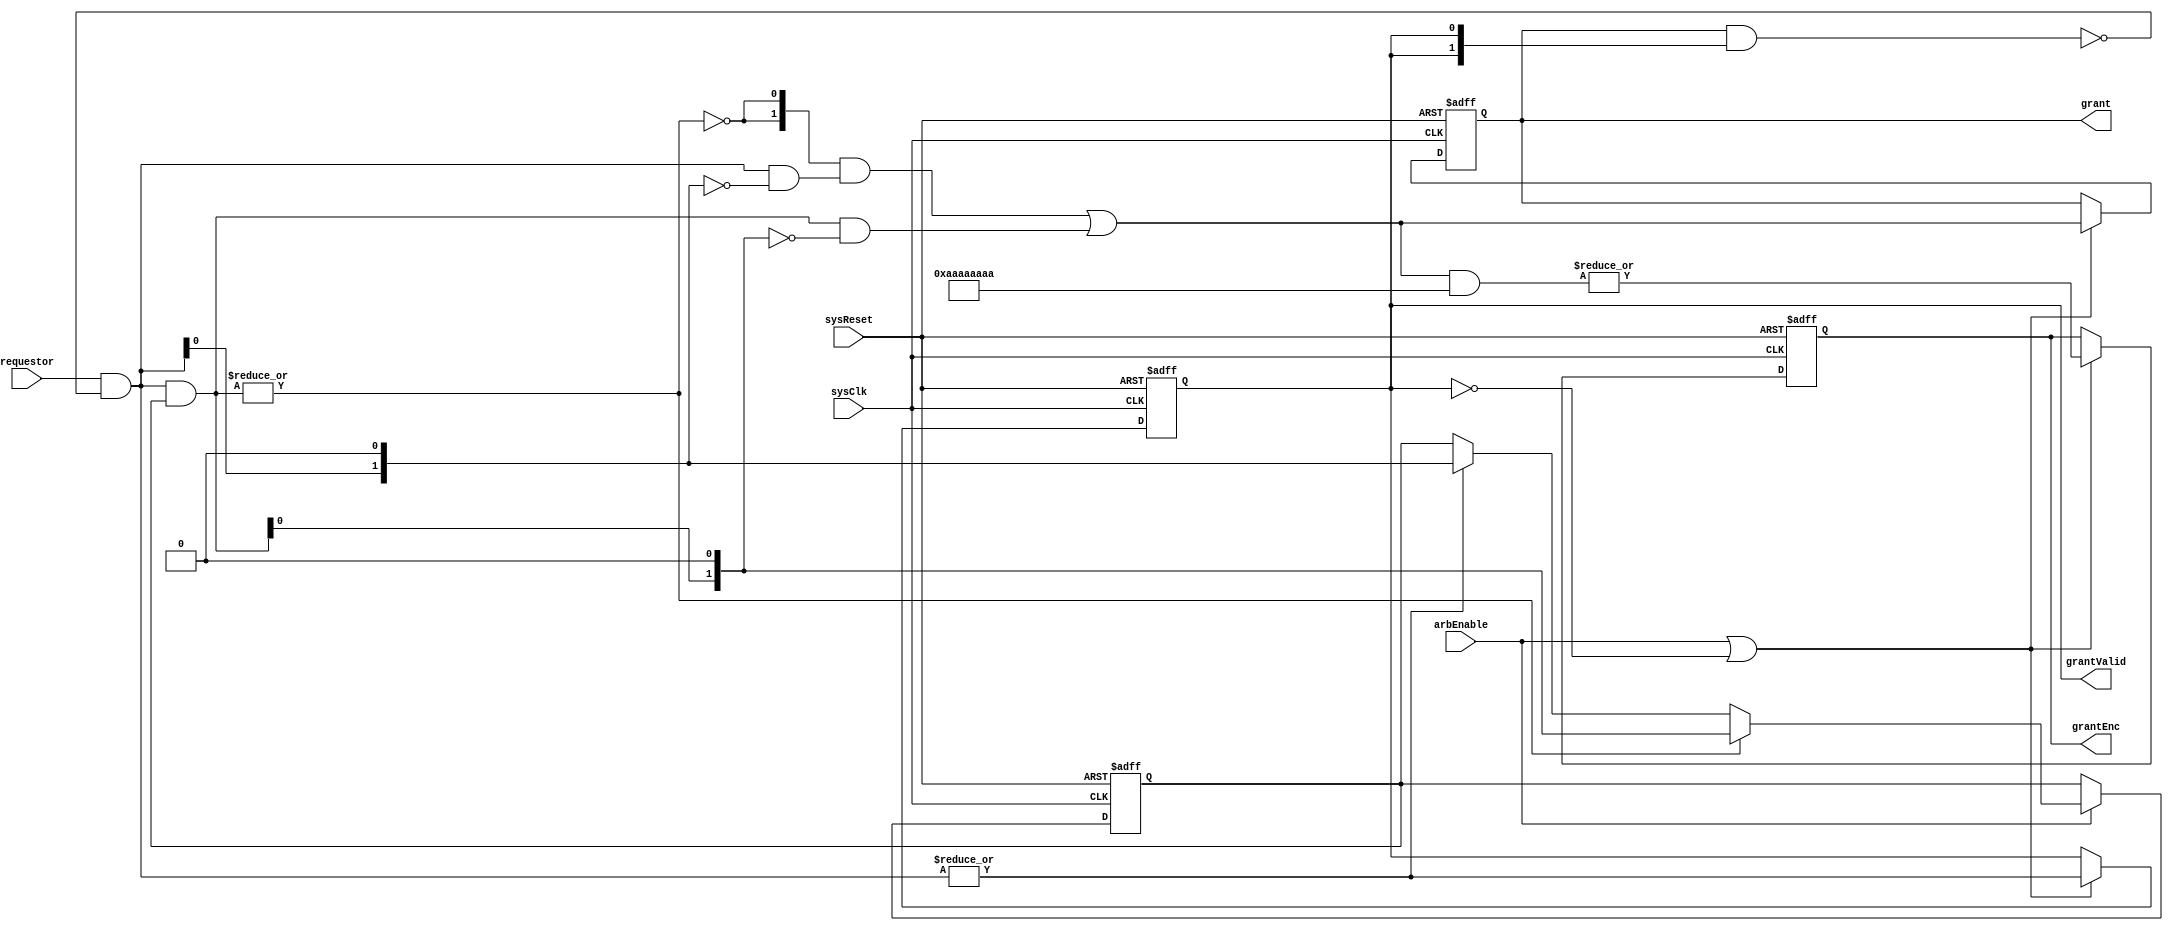
`timescale 1ns / 1ns


// *******************************************************************************/
// Cloudium Systems Ltd. Proprietary and Confidential
// 
// Copyright 2013 Cloudium Systems Ltd.  All rights reserved.
// 
// ANY USE OR REDISTRIBUTION IN PART OR IN WHOLE MUST BE HANDLED IN 
// ACCORDANCE WITH THE CLOUDIUM SYSTEMS LICENSE AGREEMENT AND MUST BE APPROVED
// IN ADVANCE IN WRITING.
//                                                                            
//                                                                             
// This confidential and proprietary software may be used only as authorised  
// by a licensing agreement from Cloudium Systems Ltd.                        
//                                                                            
// In the event of publication, the following notice is applicable:           
//                                                                            
// (C) COPYRIGHT 2011, 2012, 2013. 2014  Cloudium Systems LTD.                      
// ALL RIGHTS RESERVED                                                        
//                                                                            
// Version		: 1.0                                                     	  
//                                                                            
// Abstract	: 	This file contains a Round Round Arbitrator for a configurable 
//				number of requestors.
//
//                                                               
//                                                                            
//                                                                            
//                                                                            
// Modification History:                                                      
// Date		By			Version		Change Description                        
//                                                                            
// 21/03/13		JH			1.0			Initial release version   
// 26/02/15		JH			1.1			Add HI_FREQ parameter to allow higher freq of operation 
//										to be traded off for extra latency.                 
//
//
// SVN Revision Information:
// SVN $Revision: 4805 $
// SVN $Date: 2013-03-21 17:48:48 +0530 (Fri, 21 Mar 2013) $
//
// Resolved SARs
// SAR      Date     Who   Description
//
// Notes:
//
// ********************************************************************/
// synopsys translate_off
//`include "../include/Timescale.h"
// synopsys translate_on

module RoundRobinArb (
						// global signals
						sysClk,
						sysReset,

						requestor,
						arbEnable,					
						grant,
						grantEnc,
						grantValid
				   
					  );


//===================================================
// Parameter Declarations
//===================================================

	parameter N = 2;							// defines number bits for requestors/grants
	parameter N_WIDTH = 1;						// defines number bits for number of requestors/grants
	
	parameter HI_FREQ 			= 0;			// increases freq of operation at cost of added latency
	
	
	//===============================================
	// Memory Map - Word addressing
	//===============================================
	localparam STATUS_WORD 		= 5'h00;

	
//============================================================================
// I/O Declarations
//============================================================================

	input sysClk;									// system clock
	input sysReset;									// system reset - synchronse to sysClk - active high
	
	
	input 	[N-1:0]	requestor;						// requestors to be arbitrated between
	input			arbEnable;						// Indictaes when an arbitration should be performs among requestors
	
	output 	[N-1:0] grant;							// winner of arbitration will have grant bit set - available 1 clock tick after
													// arbEnable asserted.
	output	[N_WIDTH-1:0]	grantEnc;				// encoded version of grant which is one-hot.

	output			grantValid;						// asserted when grant is valid
//============================================================================
// Local Declarationes
//============================================================================

 reg [N-1:0]		grant;
 wire [N-1:0]		d_grant;
 
 reg [N_WIDTH-1:0]	grantEnc;				// encoded version of grant which is one-hot.

 reg			grantValid;			

 reg [N-1:0]	priorityMask;					// mask to remove winner and lower requestors
 
 reg [N-1:0]	requestorMasked;				// requestor has "granted" masked out when arbEnable asserted (as source will still be driving last request

 wire [N-1:0] 	reqMasked, mask_higher_pri_reqs, grantMasked;
 wire [N-1:0]	unmask_higher_pri_reqs, grantUnmasked;
 wire			no_req_masked;

 
//===============================================================================================
// Convert 16-bit one-hot to 4-bit binary
//===============================================================================================
function [4:0] fnc_hot2enc
    (
      input [31:0]  oneHot
    );
	begin
      fnc_hot2enc[0] = |(oneHot & 32'b10101010101010101010101010101010);
      fnc_hot2enc[1] = |(oneHot & 32'b11001100110011001100110011001100);
      fnc_hot2enc[2] = |(oneHot & 32'b11110000111100001111000011110000);
      fnc_hot2enc[3] = |(oneHot & 32'b11111111000000001111111100000000);
      fnc_hot2enc[4] = |(oneHot & 32'b11111111111111110000000000000000);
	end
endfunction	

 
//==================================================================================
// Mask out granted request when grantValid asserted as source still driving request
//===================================================================================
generate
	if ( HI_FREQ == 1 )
		begin

			always @(posedge sysClk )
				begin
					if ( grantValid )
						requestorMasked <= { requestor & ( ~( grant ) ) };
					else 														// handle fact we have add pipeline stage - about to set grantValid
						requestorMasked <= { requestor & ( ~( d_grant ) ) };	// mask out questor selected in case arbEnable asserted
																				// immediately
				end
		end
	else
		begin
			always @( * )
				begin
					requestorMasked <= { requestor & ( ~( grant & { N{grantValid} } ) ) };
				end		

		end

endgenerate



//==============================================================================
// Simple priority arbitration for masked portion
//==============================================================================
assign reqMasked = requestorMasked & priorityMask;
assign mask_higher_pri_reqs[N-1:1] = mask_higher_pri_reqs[N-2: 0] | reqMasked[N-2:0] ;
assign mask_higher_pri_reqs[0] = 1'b0;

assign grantMasked[N-1:0] = reqMasked[N-1:0] & ~mask_higher_pri_reqs[N-1:0];

//=================================================================================
// Simple priority arbitration for unmasked portion
//=================================================================================
assign unmask_higher_pri_reqs[N-1:1] = unmask_higher_pri_reqs[N-2:0] | requestorMasked[N-2:0];
assign unmask_higher_pri_reqs[0] = 1'b0;
assign grantUnmasked[N-1:0] = requestorMasked[N-1:0] & ~unmask_higher_pri_reqs[N-1:0];

//===================================================================================
// Use grant_masked if there is any there, otherwise use grant_unmasked.
// Coded as AND / OR rather than mux to make synthesis easier.
//===================================================================================
assign no_req_masked = ~( |reqMasked );

assign	d_grant = ( { N{ no_req_masked } } & grantUnmasked ) | grantMasked;

always @(posedge sysClk or posedge sysReset )
begin
	if ( sysReset )
		begin
		
			grantEnc <= 0;			// encode one-hot 

			grant 		<=  { 1'b1, { N-1{1'b0} } };		// default to highest requestorMasked granted - 0 is next
			grantValid	<= 1'b0;

		end
	else if (arbEnable | ~grantValid)						// arb no grantValid or arbEnable asserted to indicate finished with last request
		begin
			grant 		<= d_grant;
			grantEnc 	<= fnc_hot2enc ( d_grant );			// encode one-hot - used to help with timing closure

			grantValid	<= |(requestorMasked);
		end
		
end

//===================================================================================
// Update priority mask to remove winner and lower requesters
//===================================================================================
always @ (posedge sysClk or posedge sysReset ) 
begin
	if (sysReset) 
		begin
			priorityMask <= { N{1'b1} };		// initialise that requestorMasked[0] has priority
		end 
	else 
		begin
			if ( arbEnable )
				begin
					if ( |reqMasked ) 
						begin // Which arbiter was used?
							priorityMask <= mask_higher_pri_reqs;
						end 
					else 
						begin
							if ( |requestorMasked )  
								begin 		// Only update if there's a req
									priorityMask <= unmask_higher_pri_reqs;
								end 
						end
				end
		end
		
end



endmodule // RoundRobinArb.v